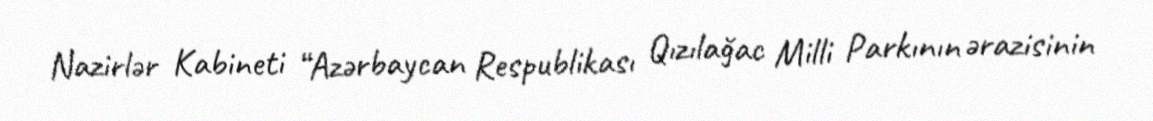
Nazirlər Kabineti “Azərbaycan Respublikası Qızılağac Milli Parkının ərazisinin